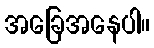
အခြေအနေပါ။